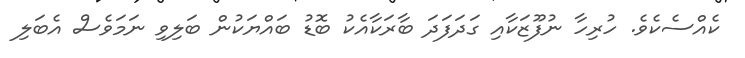
ކެއްސެކެވެ. ހުރިހާ ނުފޫޒަކާއި ގަދަފަދަ ބާރަކާއެކު ބޮޑު ބައްޔަކުން ބަލިވި ނަމަވެސް އެބަލި